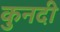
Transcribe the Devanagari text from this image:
कुनदी